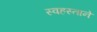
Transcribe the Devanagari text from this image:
स्वहस्ताने